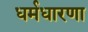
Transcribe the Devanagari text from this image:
धर्मधारणा